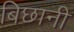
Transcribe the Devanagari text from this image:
बिछानी